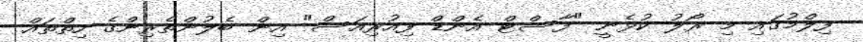
ފިލްމުގައި މި ރޯލު ކުޅެނީ "ފާސްޓް އެންޑް ފިއުރިއަސް" އިން ބެލުންތެރިންގެ ހިތްތައް